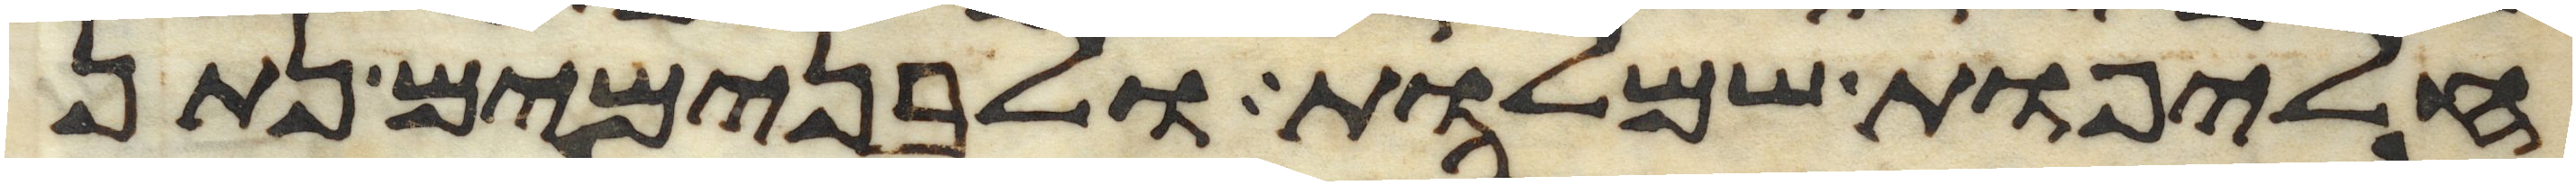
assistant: חליפות שמלות ולבנימים נתן